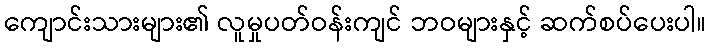
ကျောင်းသားများ၏ လူမှုပတ်ဝန်းကျင် ဘဝများနှင့် ဆက်စပ်ပေးပါ။